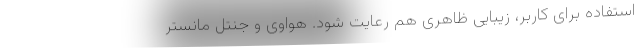
استفاده برای کاربر، زیبایی ظاهری هم رعایت شود. هواوی و جنتل مانستر